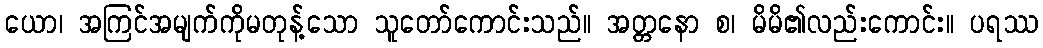
ယော၊ အကြင်အမျက်ကိုမတုန့်သော သူတော်ကောင်းသည်။ အတ္တနော စ၊ မိမိ၏လည်းကောင်း။ ပရဿ